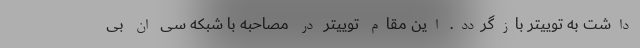
داشت به توییتر بازگردد. این مقام توییتر در مصاحبه با شبکه سی ان بی